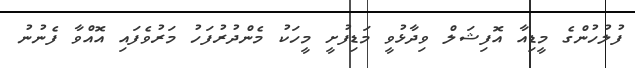
ފުލުހުންގެ މީޑިއާ އޮފިޝަލް ވިދާޅުވީ މަޑިފުށީ މީހަކު މެންދުރުފަހު މަރުވެފައި އޮއްވާ ފެނުނު